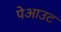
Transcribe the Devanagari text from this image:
पेआउट